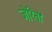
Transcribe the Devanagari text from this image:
जेरिनो